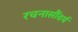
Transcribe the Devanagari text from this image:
रचनासौंदर्य